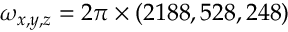
\omega _ { x , y , z } = 2 \pi \times ( 2 1 8 8 , 5 2 8 , 2 4 8 )